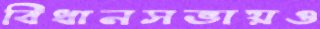
বিধানসভায়ও